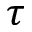
\tau